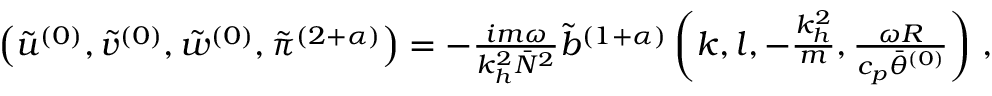
\begin{array} { r } { \left( \tilde { u } ^ { ( 0 ) } , \tilde { v } ^ { ( 0 ) } , \tilde { w } ^ { ( 0 ) } , \tilde { \pi } ^ { ( 2 + \alpha ) } \right) = - \frac { i m \omega } { k _ { h } ^ { 2 } \bar { N } ^ { 2 } } \tilde { b } ^ { ( 1 + \alpha ) } \left( k , l , - \frac { k _ { h } ^ { 2 } } { m } , \frac { \omega R } { c _ { p } \bar { \theta } ^ { ( 0 ) } } \right) \, , } \end{array}